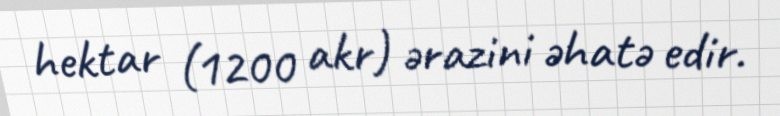
hektar (1200 akr) ərazini əhatə edir.